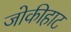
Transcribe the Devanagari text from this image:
जोकीहाट